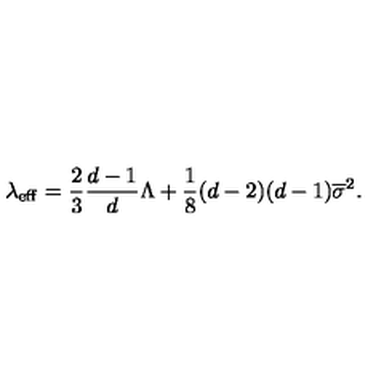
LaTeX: \lambda _ { \mathrm { e f f } } = \frac { 2 } { 3 } \frac { d - 1 } { d } \Lambda + \frac { 1 } { 8 } ( d - 2 ) ( d - 1 ) \overline { { \sigma } } ^ { 2 } .